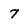
Character: 7